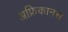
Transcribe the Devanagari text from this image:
अफ्रिकानस